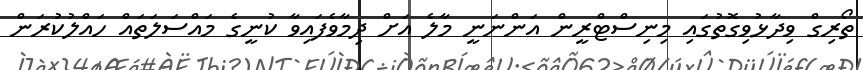
ތޯރިގް ވިދާޅުވިގޮތުގައި މިނިސްޓްރީން އަންނަނީ މާލެ އަށް ދިމާވެފަައިވާ ކުނީގެ މައްސަލަތައް ހައްލުކުރަން